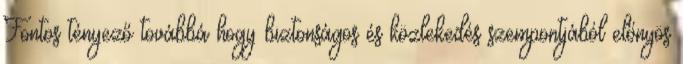
Fontos tényező továbbá hogy biztonságos és közlekedés szempontjából előnyös